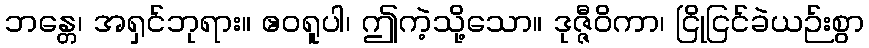
ဘန္တေ၊ အရှင်ဘုရား။ ဧဝရူပါ၊ ဤကဲ့သို့သော။ ဒုဇ္ဇီဝိကာ၊ ငြိုငြင်ခဲယဉ်းစွာ